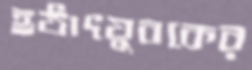
হঠাৎযুবকের